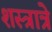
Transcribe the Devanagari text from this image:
शस्त्रात्रे